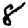
Digit: 8